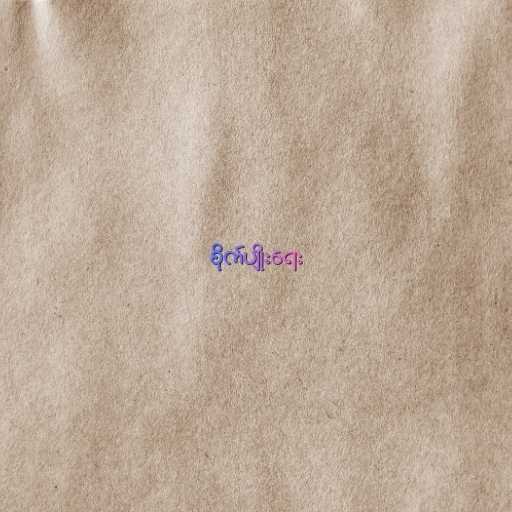
စိုက်ပျိုးရေး